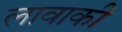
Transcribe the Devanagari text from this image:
लावाकी